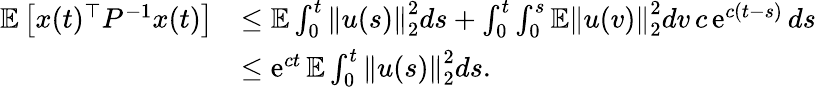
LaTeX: \begin{array}{rl}{\mathbb E\left[x(t)^{\top}P^{-1}x(t)\right]}&{\leq\mathbb E\int_{0}^{t}\left\| u(s)\right\| _{2}^{2}ds+\int_{0}^{t}\int_{0}^{s}\mathbb E\left\| u(v)\right\| _{2}^{2}dv\, c\operatorname{e}^{c(t-s)}ds}\\ &{\leq\operatorname{e}^{ct}\mathbb E\int_{0}^{t}\left\| u(s)\right\| _{2}^{2}ds.}\end{array}